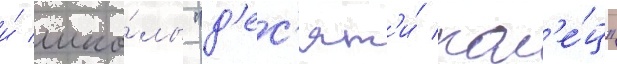
и́ шко́лы "д'ес'ят'и́ кол'е́ц"